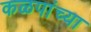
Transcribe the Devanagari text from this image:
कळपांच्या